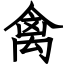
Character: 禽